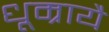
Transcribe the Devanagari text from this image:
धूम्रायै